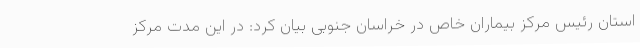
استان رئیس مرکز بیماران خاص در خراسان جنوبی بیان کرد: در این مدت مرکز